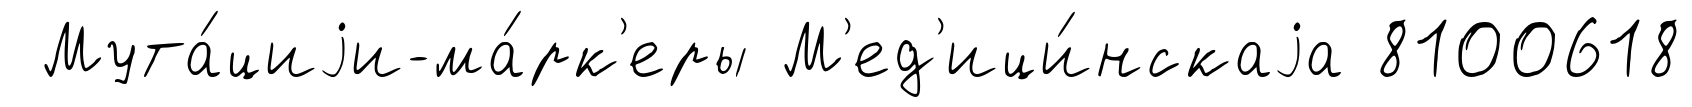
Мута́циjи-ма́рк'еры М'ед'ици́нскаjа 8100618